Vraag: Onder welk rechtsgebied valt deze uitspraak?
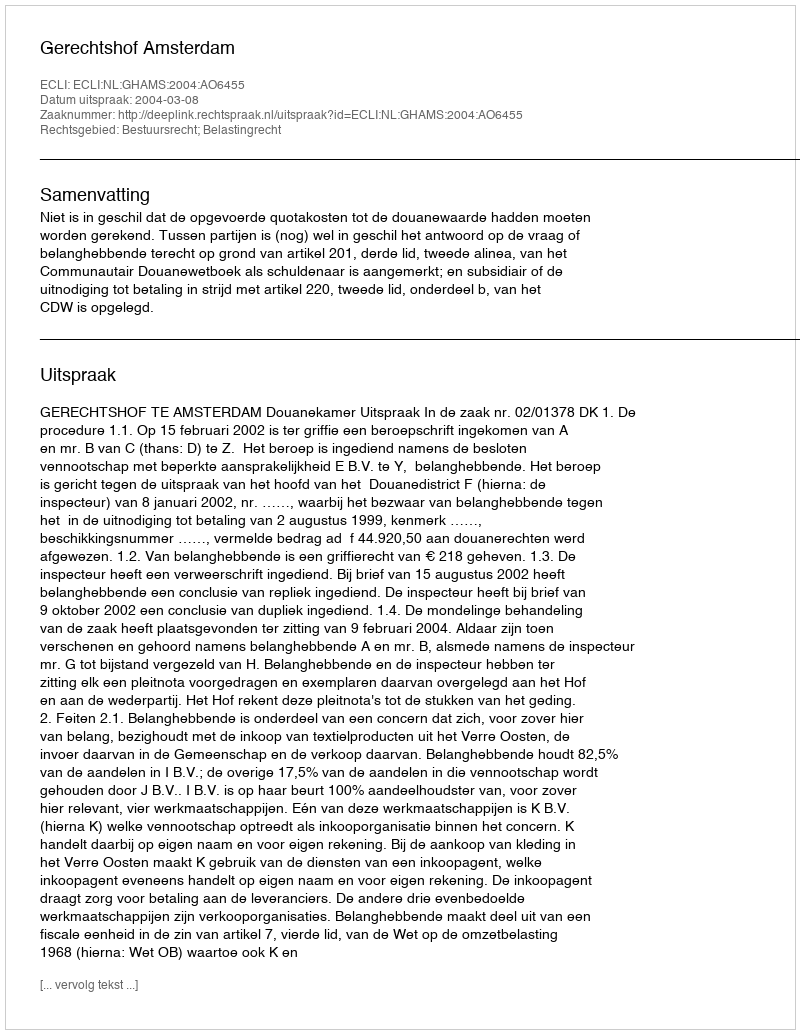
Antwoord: Bestuursrecht; Belastingrecht